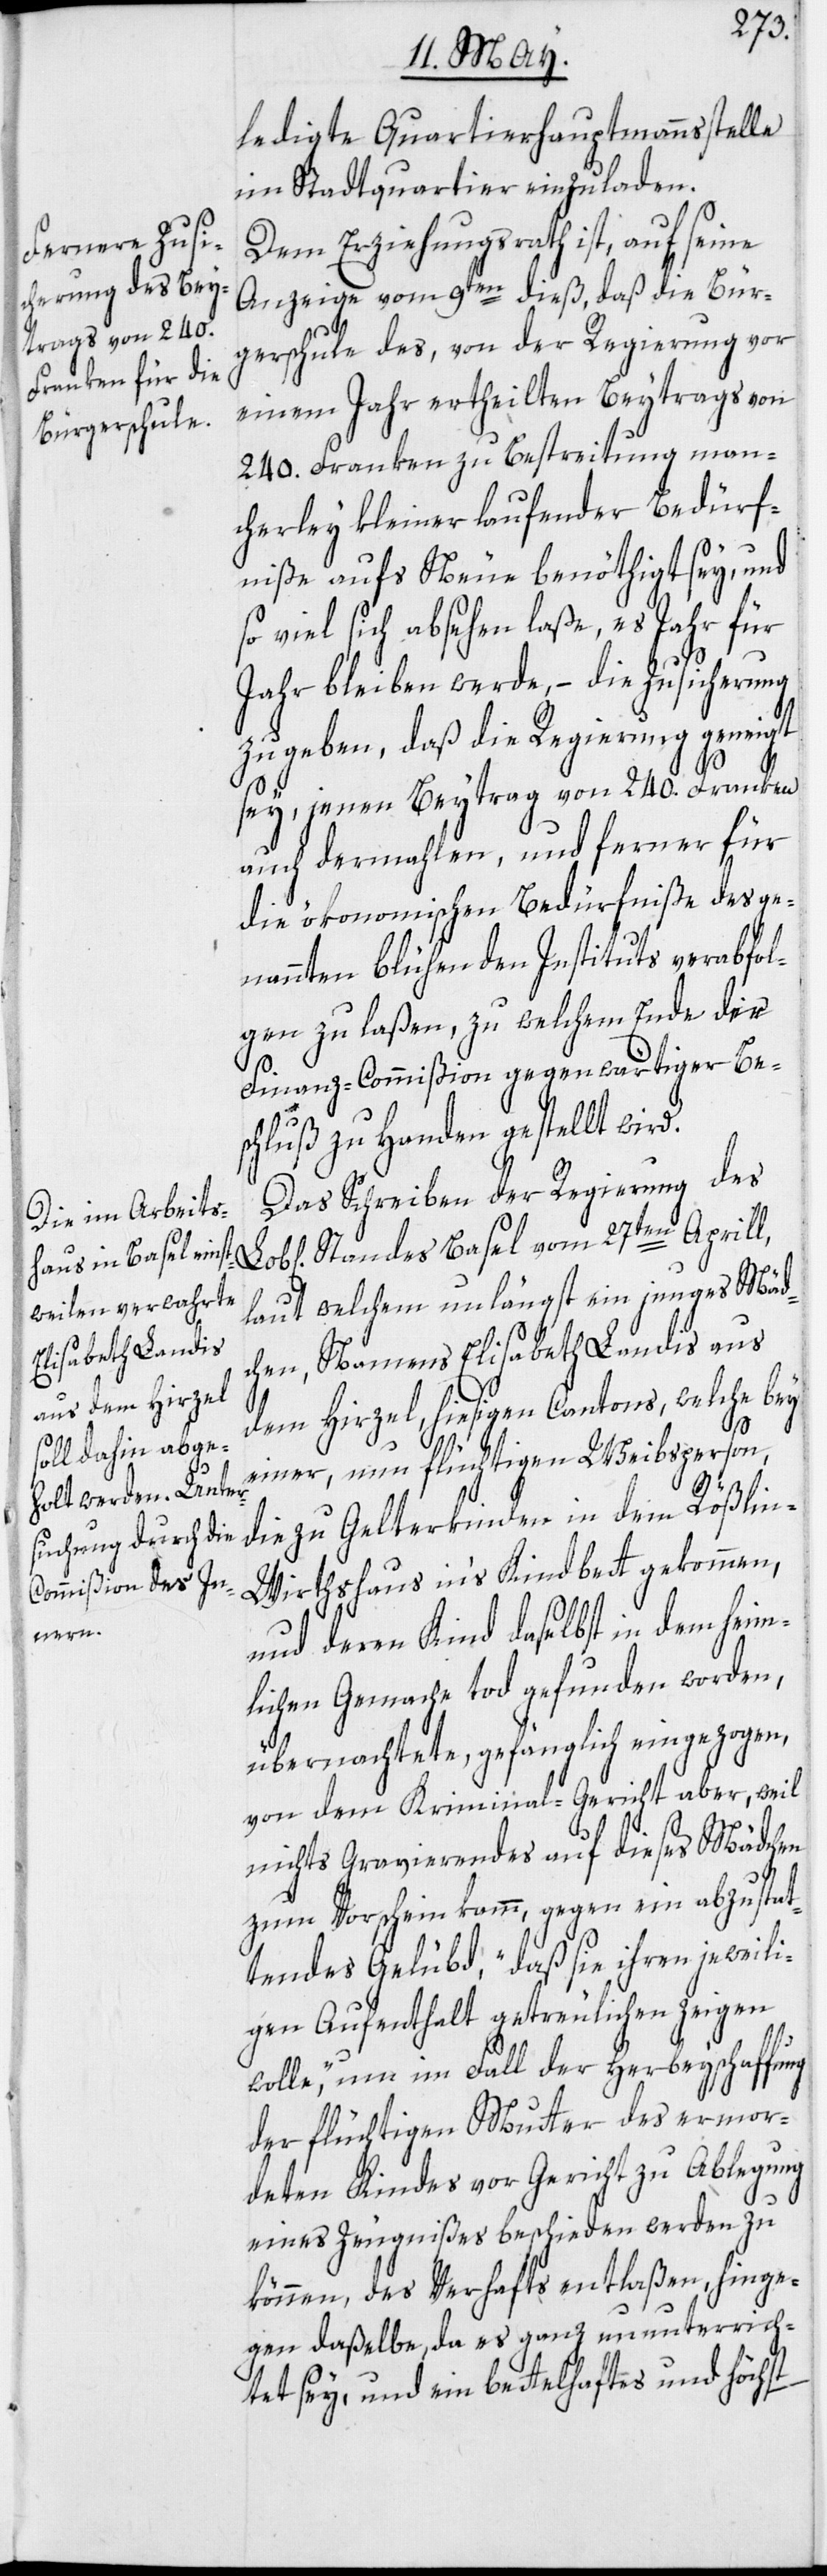
ledigte Quartierhauptmannsstelle
im Stadtquartier einzuladen.
Dem Erziehungsrath ist, auf seine
Anzeige vom 9ten dieß, daß die Bür¬
gerschule des, von der Regierung vor
einem Jahr ertheilten Beytrags von
240. Franken zu Bestreitung man¬
cherley kleiner laufender Bedürf¬
niße aufs Neue benöthigt sey, und
so viel sich absehen laße, es Jahr für
Jahr bleiben werde, – die Zusicherung
zu geben, daß die Regierung geneigt
sey, jenen Beytrag von 240. Franken
auch dermahlen, und ferner für
die ökonomischen Bedürfniße des ge¬
nannten blühenden Instituts verabfol¬
gen zu laßen, zu welchem Ende der
Finanz-Commißion gegenwärtiger Be¬
schluß zu Handen gestellt wird.
Das Schreiben der Regierung des
Standes Basel vom 27ten Aprill,
laut welchem unlängst ein junges Mäd¬
chen, Namens Elisabeth Landis aus
dem Hirzel, hiesigen Cantons, welche bey
einer, nun flüchtigen Weibsperson,
die zu Gelterkinden in dem Rößli¬
n-Wirthshaus in‘s Kindbett gekommen,
und deren Kind daselbst in dem heim¬
lichen Gemache tod gefunden worden,
übernachtete, gefänglich eingezogen,
von dem Kriminal-Gericht aber, weil
nichts Gravierendes auf dieses Mädchen
zum Vorschein kamm, gegen ein abzustat¬
tendes Gelübd, „daß sie ihren jeweili¬
gen Aufenthalt getreulichen zeigen
wolle“, um im Fall der Herbeyschaffung
der flüchtigen Mutter des ermor¬
deten Kindes vor Gericht zu Ablegung
eines Zeugnißes beschieden werden zu
können, des Verhafts entlaßen, hinge¬
gen daßelbe, da es ganz ununterrich¬
tet sey, und ein bettelhaftes und höchst